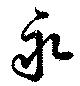
永